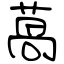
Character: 萵